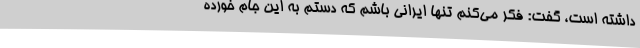
داشته است، گفت: فکر می‌کنم تنها ایرانی باشم که دستم به این جام خورده